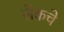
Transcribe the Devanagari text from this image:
लेकचे